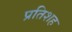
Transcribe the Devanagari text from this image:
प्रतिशह